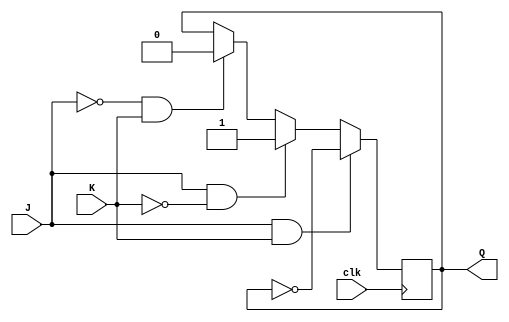
module jk_flip_flop (
    input wire clk,
    input wire J,
    input wire K,
    output reg Q
);

always @(posedge clk) begin
    if (J & K) begin
        Q <= ~Q;
    end else if (J & ~K) begin
        Q <= 1;
    end else if (~J & K) begin
        Q <= 0;
    end else begin
        Q <= Q;
    end
end

endmodule